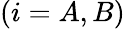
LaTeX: (i=A,B)